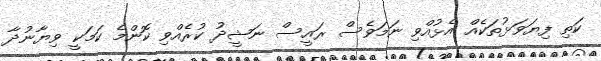
ކަތި ފިޔަވަޅުތަކެއް އެޅުއްވި ނަމަވެސް ރައީސް ނަޝީދު ކުރެއްވި ކޮންމެ ކަމަކީ ވިޔާނުދާ